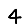
Digit: 4